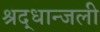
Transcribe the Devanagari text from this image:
श्रद्धान्जली